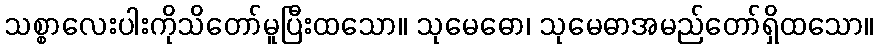
သစ္စာလေးပါးကိုသိတော်မူပြီးထသော။ သုမေဓော၊ သုမေဓာအမည်တော်ရှိထသော။